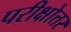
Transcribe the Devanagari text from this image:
परीक्षोत्तर